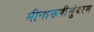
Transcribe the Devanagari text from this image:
मीनाकषीसुंदरम